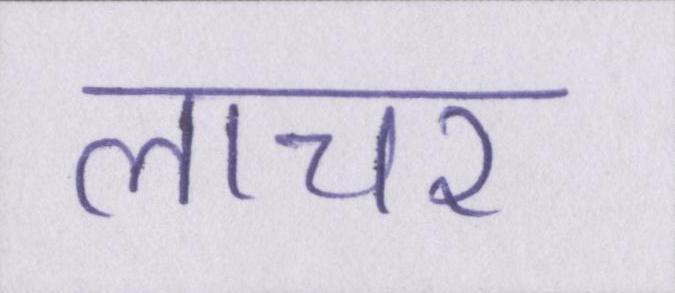
लाचर